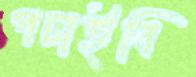
পচাইবি